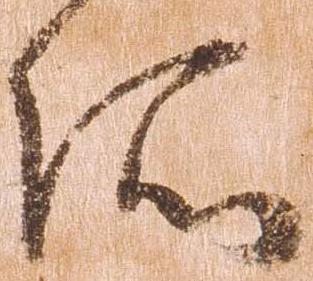
所